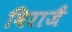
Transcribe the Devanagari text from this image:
विराजैं